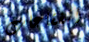
الفقاعات